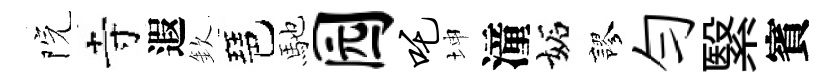
院寺遐欽琶馳园吒坤潼妬謬勻繄賓